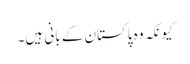
کیونکہ وہ پاکستان کے بانی ہیں۔